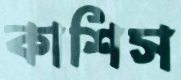
কাশিস